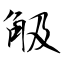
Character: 觙